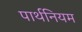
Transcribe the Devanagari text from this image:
पार्थनियम